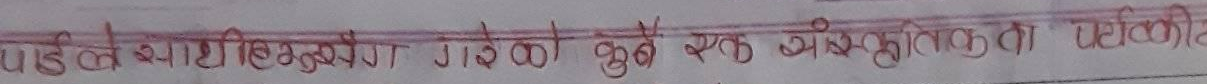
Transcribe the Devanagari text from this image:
पड ले व्याविस्थुरेग गाइको कुनै एक व्यक्तिकृता एलीका